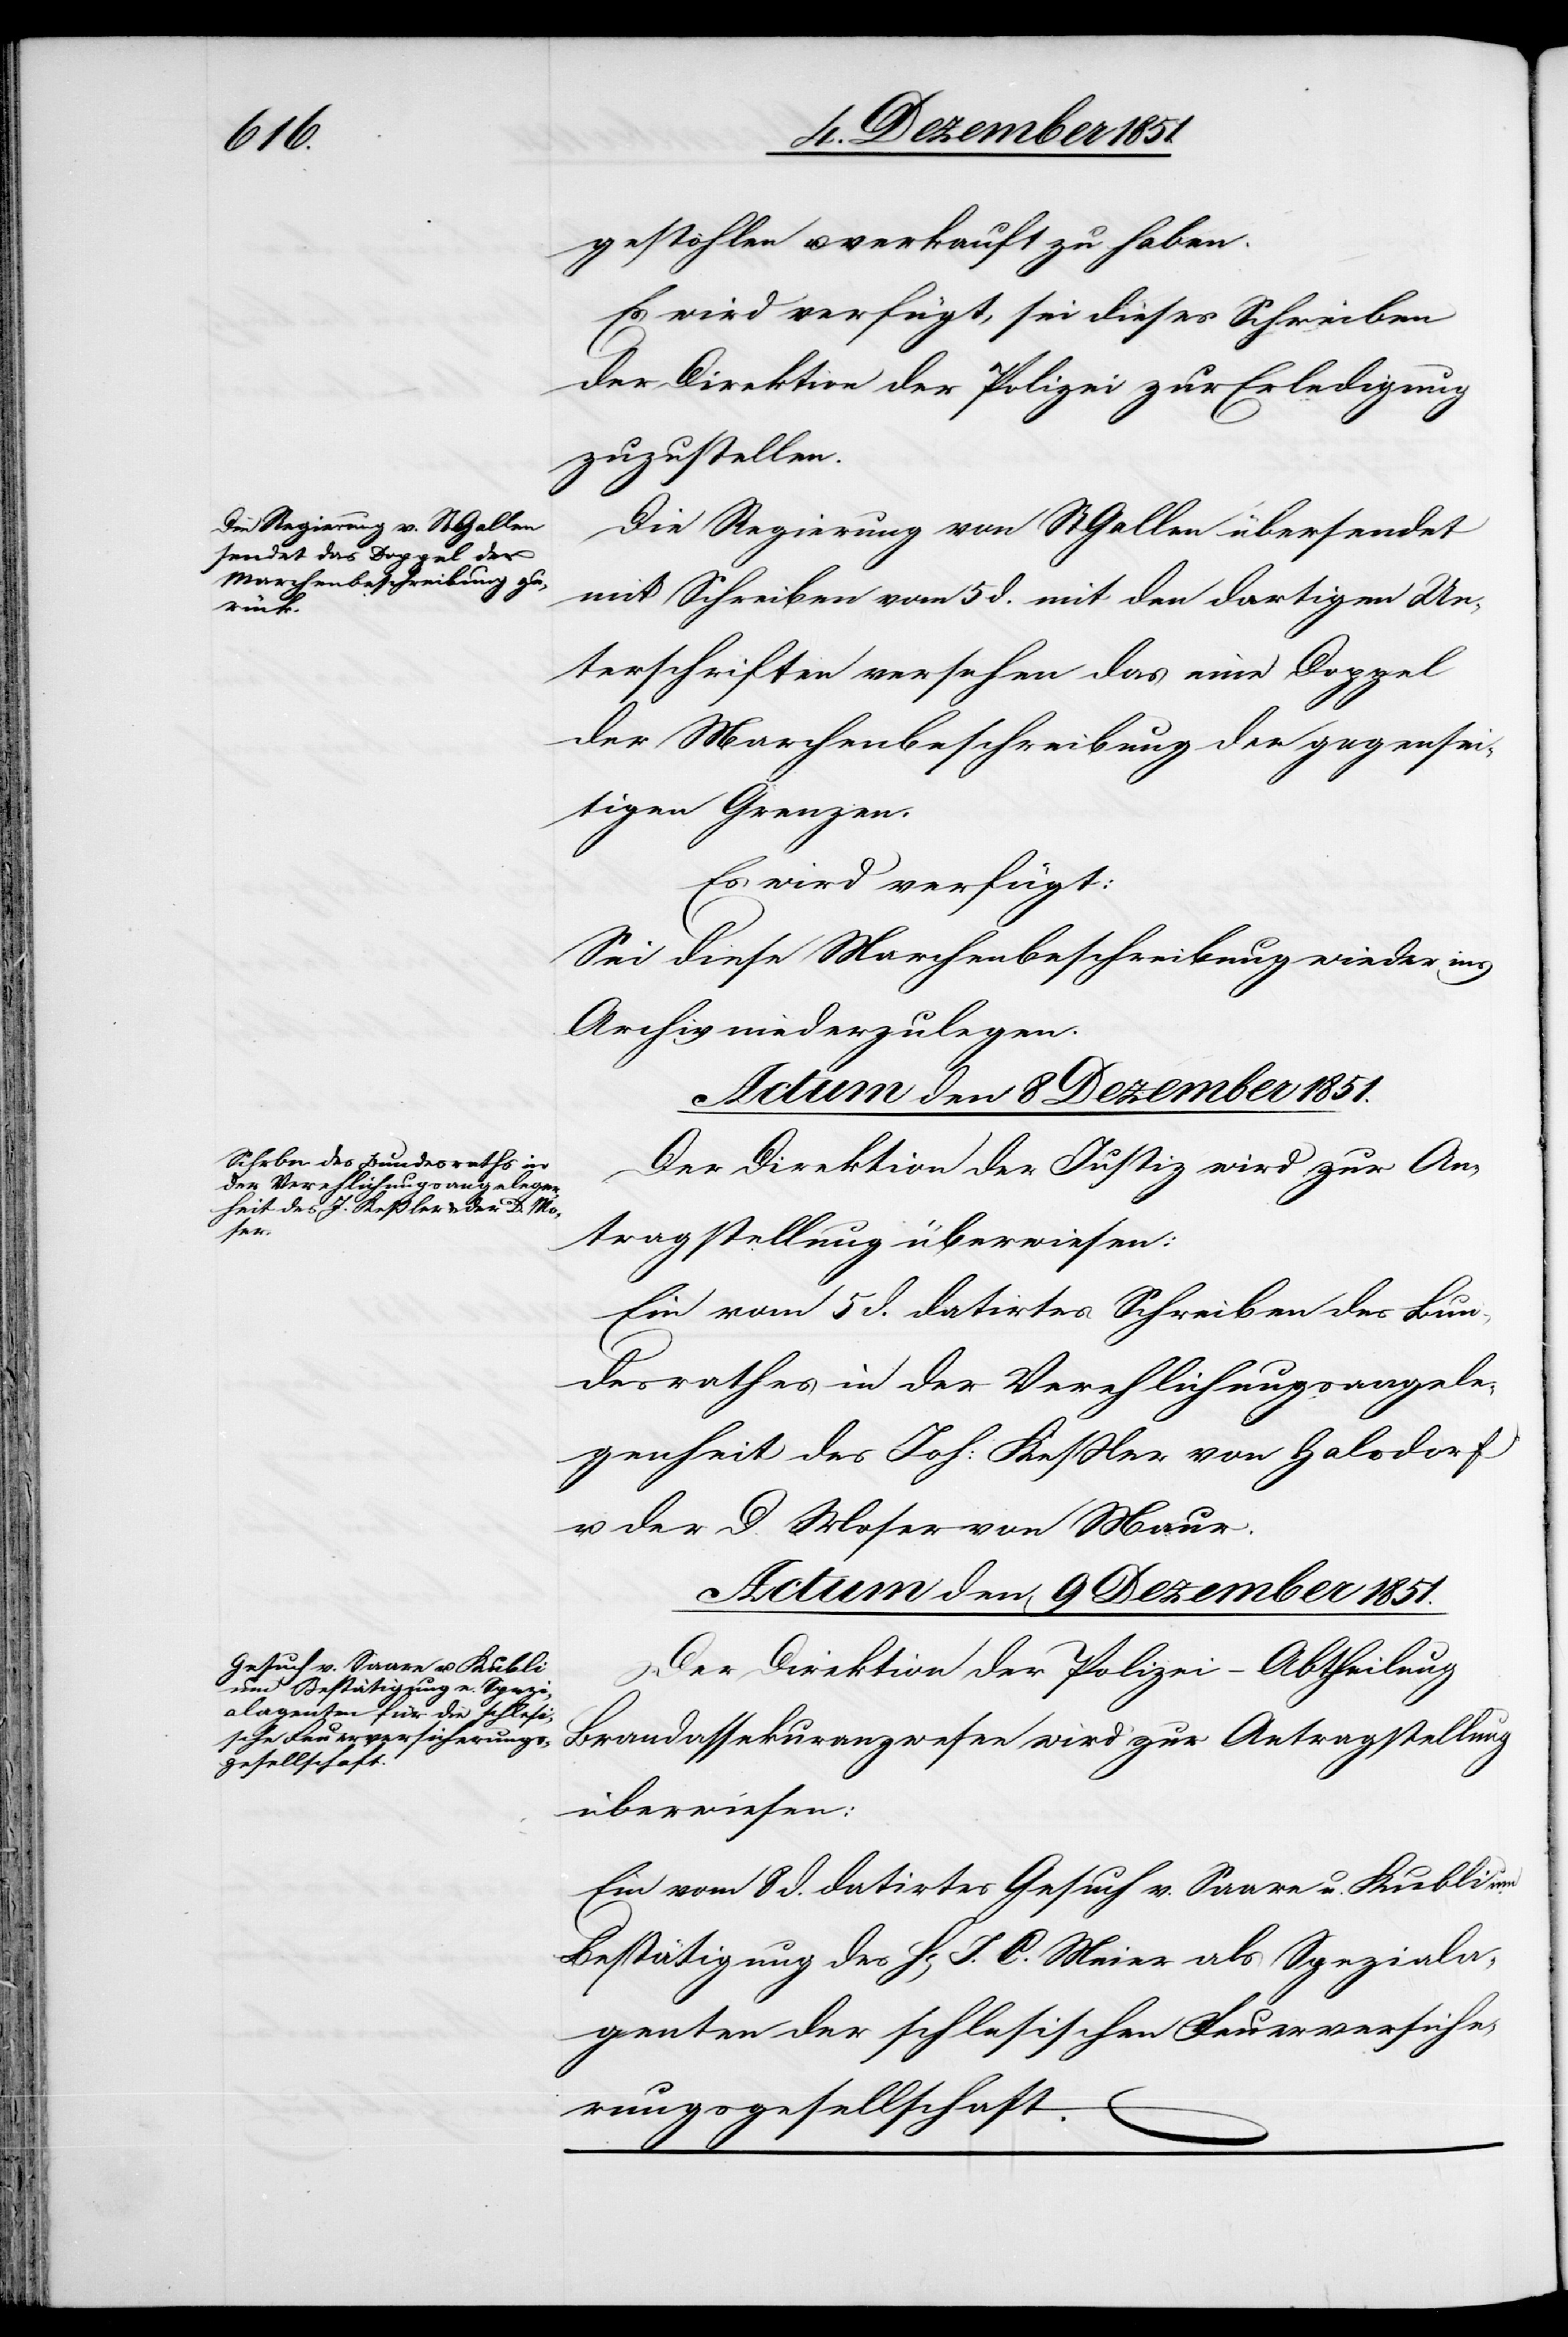
gestohlen u. verkauft zu haben.
Es wird verfügt, sei dieses Schreiben
der Direktion der Polizei zur Erledigung
zuzustellen.
Die Regierung von St. Gallen übersendet
mit Schreiben vom 5 d. mit den dortigen Un¬
terschriften versehen das eine Doppel
der Marchenbeschreibung der gegensei¬
tigen Grenzen.
Es wird verfügt:
Sei diese Marchenbeschreibung wieder ins
Archiv niederzulegen.
Actum den 9 Dezember 1851.
Der Direktion der Justiz wird zur An¬
tragstellung überwiesen:
Ein vom 5 d. datirtes Schreiben des Bun¬
desrathes in der Verehlichungsangele¬
genheit des Joh: Keßler von Halsdorf
u. der D. Moser von Maur.
Der Direktion der Polizei – Abtheilung
Brandassekuranzwesen wird zur Antragstellung
überwiesen:
Ein vom 8 d. datirtes Gesuch v. Saare u. Kubli um
Bestätigung des H[errn] J. C. Meier als Speziala¬
genten der schlesischen Feuerversiche¬
rungsgesellschaft.